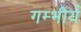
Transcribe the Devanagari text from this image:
गम्भीर्य